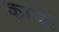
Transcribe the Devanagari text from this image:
काय।